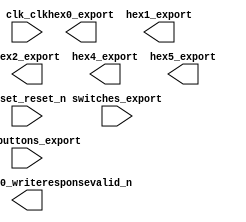

module nios_system (
	clk_clk,
	hex0_export,
	hex1_export,
	hex2_export,
	hex4_export,
	hex5_export,
	my_custom_ip_0_writeresponsevalid_n,
	pushbuttons_export,
	reset_reset_n,
	switches_export);	

	input		clk_clk;
	output	[6:0]	hex0_export;
	output	[6:0]	hex1_export;
	output	[6:0]	hex2_export;
	output	[6:0]	hex4_export;
	output	[6:0]	hex5_export;
	output		my_custom_ip_0_writeresponsevalid_n;
	input	[3:0]	pushbuttons_export;
	input		reset_reset_n;
	input	[7:0]	switches_export;
endmodule